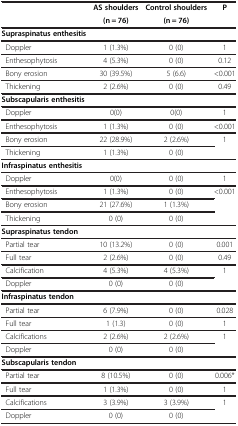
<table><thead><tr><td rowspan="2"><b> </b></td><td><b>AS shoulders</b></td><td><b>Control shoulders</b></td><td rowspan="2"><b>P</b></td></tr><tr><td><b>(n = 76)</b></td><td><b>(n = 76)</b></td></tr></thead><tbody><tr><td><b>Supraspinatus enthesitis</b></td><td> </td><td> </td><td> </td></tr><tr><td> Doppler</td><td>1 (1.3%)</td><td>0 (0)</td><td>1</td></tr><tr><td> Enthesophytosis</td><td>4 (5.3%)</td><td>0 (0)</td><td>0.12</td></tr><tr><td> Bony erosion</td><td>30 (39.5%)</td><td>5 (6.6)</td><td>&lt;0.001</td></tr><tr><td> Thickening</td><td>2 (2.6%)</td><td>0 (0)</td><td>0.49</td></tr><tr><td><b>Subscapularis enthesitis</b></td><td> </td><td> </td><td> </td></tr><tr><td> Doppler</td><td>0(0)</td><td>0(0)</td><td>1</td></tr><tr><td> Enthesophytosis</td><td>1 (1.3%)</td><td>0 (0)</td><td>&lt;0.001</td></tr><tr><td> Bony erosion</td><td>22 (28.9%)</td><td>2 (2.6%)</td><td rowspan="2">1</td></tr><tr><td> Thickening</td><td>1 (1.3%)</td><td>0 (0)</td></tr><tr><td><b>Infraspinatus enthesitis</b></td><td> </td><td> </td><td> </td></tr><tr><td> Doppler</td><td>0(0)</td><td>0 (0)</td><td>1</td></tr><tr><td> Enthesophytosis</td><td>1 (1.3%)</td><td>0 (0)</td><td rowspan="3">&lt;0.001</td></tr><tr><td> Bony erosion</td><td>21 (27.6%)</td><td>1 (1.3%)</td></tr><tr><td> Thickening</td><td>0 (0)</td><td>0 (0)</td></tr><tr><td><b>Supraspinatus tendon</b></td><td> </td><td> </td><td> </td></tr><tr><td> Partial tear</td><td>10 (13.2%)</td><td>0 (0)</td><td>0.001</td></tr><tr><td> Full tear</td><td>2 (2.6%)</td><td>0 (0)</td><td>0.49</td></tr><tr><td> Calcification</td><td>4 (5.3%)</td><td>4 (5.3%)</td><td rowspan="2">1</td></tr><tr><td> Doppler</td><td>0 (0)</td><td>0 (0)</td></tr><tr><td><b>Infraspinatus tendon</b></td><td> </td><td> </td><td> </td></tr><tr><td> Partial tear</td><td>6 (7.9%)</td><td>0 (0)</td><td>0.028</td></tr><tr><td> Full tear</td><td>1 (1.3)</td><td>0 (0)</td><td>1</td></tr><tr><td> Calcifications</td><td>2 (2.6%)</td><td>2 (2.6%)</td><td rowspan="2">1</td></tr><tr><td> Doppler</td><td>0 (0)</td><td>0 (0)</td></tr><tr><td><b>Subscapularis tendon</b></td><td> </td><td> </td><td> </td></tr><tr><td> Partial tear</td><td>8 (10.5%)</td><td>0 (0)</td><td>0.006*</td></tr><tr><td> Full tear</td><td>1 (1.3%)</td><td>0 (0)</td><td>1</td></tr><tr><td> Calcifications</td><td>3 (3.9%)</td><td>3 (3.9%)</td><td rowspan="2">1</td></tr><tr><td> Doppler</td><td>0 (0)</td><td>0 (0)</td></tr></tbody></table>